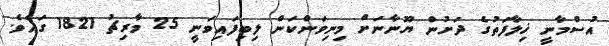
އުސްމާނީ ޚިލާފަތުގެ ދަށުން ޔޫނާނަށް މިނިވަންކަން ލިބިފައިވަނީ 25 މާރިޗު 1821 ގައެވެ.